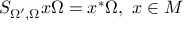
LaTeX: S _ { \Omega ^ { \prime } , \Omega } x \Omega = x ^ { * } \Omega , \, \, x \in M